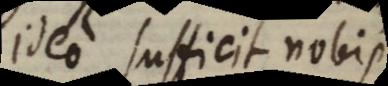
ideo sufficit nobis